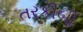
તરકીબી